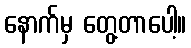
နောက်မှ တွေ့တာပေါ့။